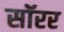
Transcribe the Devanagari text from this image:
सॉरर